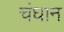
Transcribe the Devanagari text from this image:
चंघान